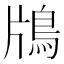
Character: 𬷃